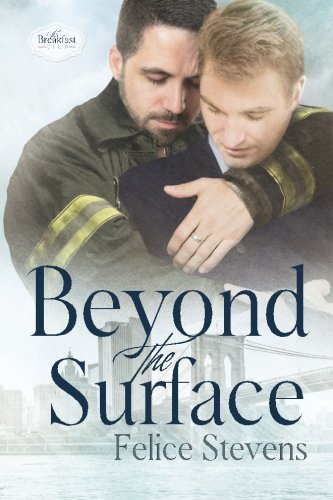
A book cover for Beyond the Surface (The Breakfast Club) (Volume 1); Felice Stevens; Romance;